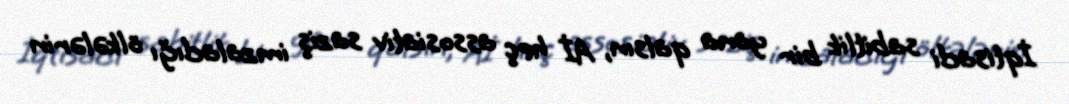
İqtisadi sabitlik bir yana qalsın, Aİ heç assosiativ saziş imzaladığı ölkələrin